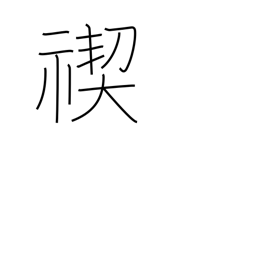
Meaning: Shinto purification ceremony